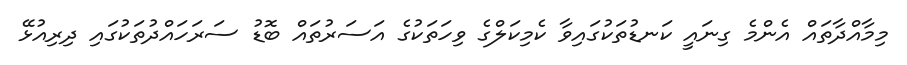
މިމާއްދާތައް އެންމެ ގިނައީ ކަނޑުތަކުގައިވާ ކެމިކަލްގެ ވިހަތަކުގެ އަސަރުތައް ބޮޑު ސަރަހައްދުތަކުގައި ދިރިއުޅޭ